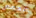
محمص